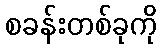
စခန်းတစ်ခုကို